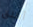
أطلق